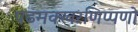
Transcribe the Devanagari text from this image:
पढमक्खरणिप्पणो